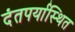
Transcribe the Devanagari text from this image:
दंतपर्यास्थित